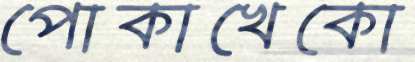
পোকাখেকো